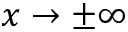
x \rightarrow \pm \infty